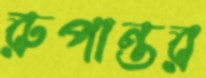
রুপান্তর